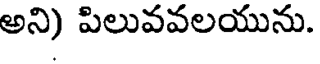
అని) పిలువవలయును.